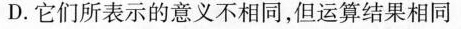
D.它们所表示的意义不相同，但运算结果相同